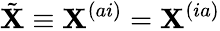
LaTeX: \tilde{\mathbf{X}}\equiv\mathbf{X}^{(ai)}=\mathbf{X}^{(ia)}